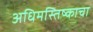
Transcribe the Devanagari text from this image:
अधिमस्तिष्काचा